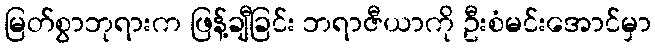
မြတ်စွာဘုရားက ဖြန့်ချီခြင်း ဘရာဇီယာကို ဦးစံမင်းအောင်မှာ